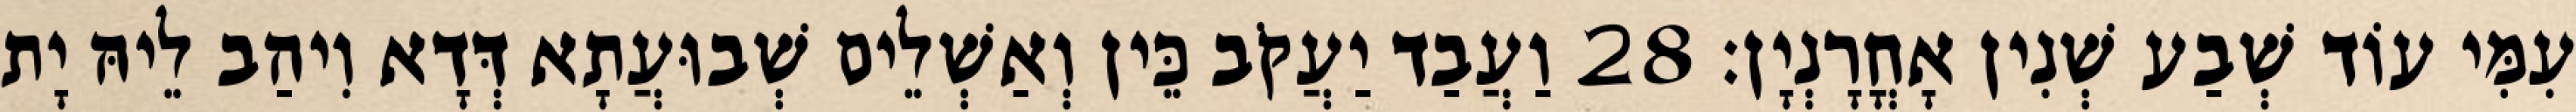
עִמִּי עוֹד שְׁבַע שְׁנִין אָחֳרָנְיָן׃ 28 וַעֲבַד יַעֲקֹב כֵּין וְאַשְׁלֵים שְׁבוּעֲתָא דְּדָא וִיהַב לֵיהּ יָת